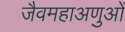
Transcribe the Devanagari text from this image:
जैवमहाअणुओं